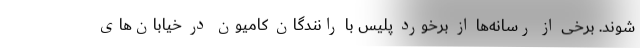
شوند. برخی از رسانه‌ها از برخورد پلیس با رانندگان کامیون در خیابان‌های